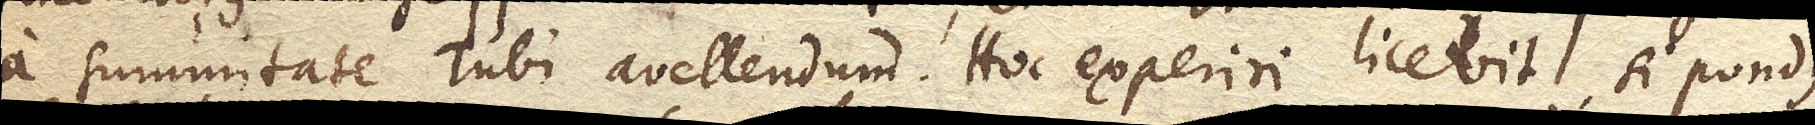
a summitate Tubi avellendum. Hoc experiri licebit, si pondus